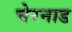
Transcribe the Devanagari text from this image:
चेरनाड